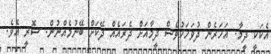
އެކަކީ ދީމާ. އަހަރެން ދުވަހަކުވެސް ދީމާއަށް ދެރައެއް ދޭކަށް ބޭނުމެއްނުން. ސޮރީ އެވެ.